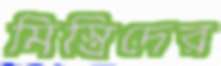
মিস্ত্রিদের